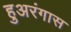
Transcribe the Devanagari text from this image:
हुअरंगास